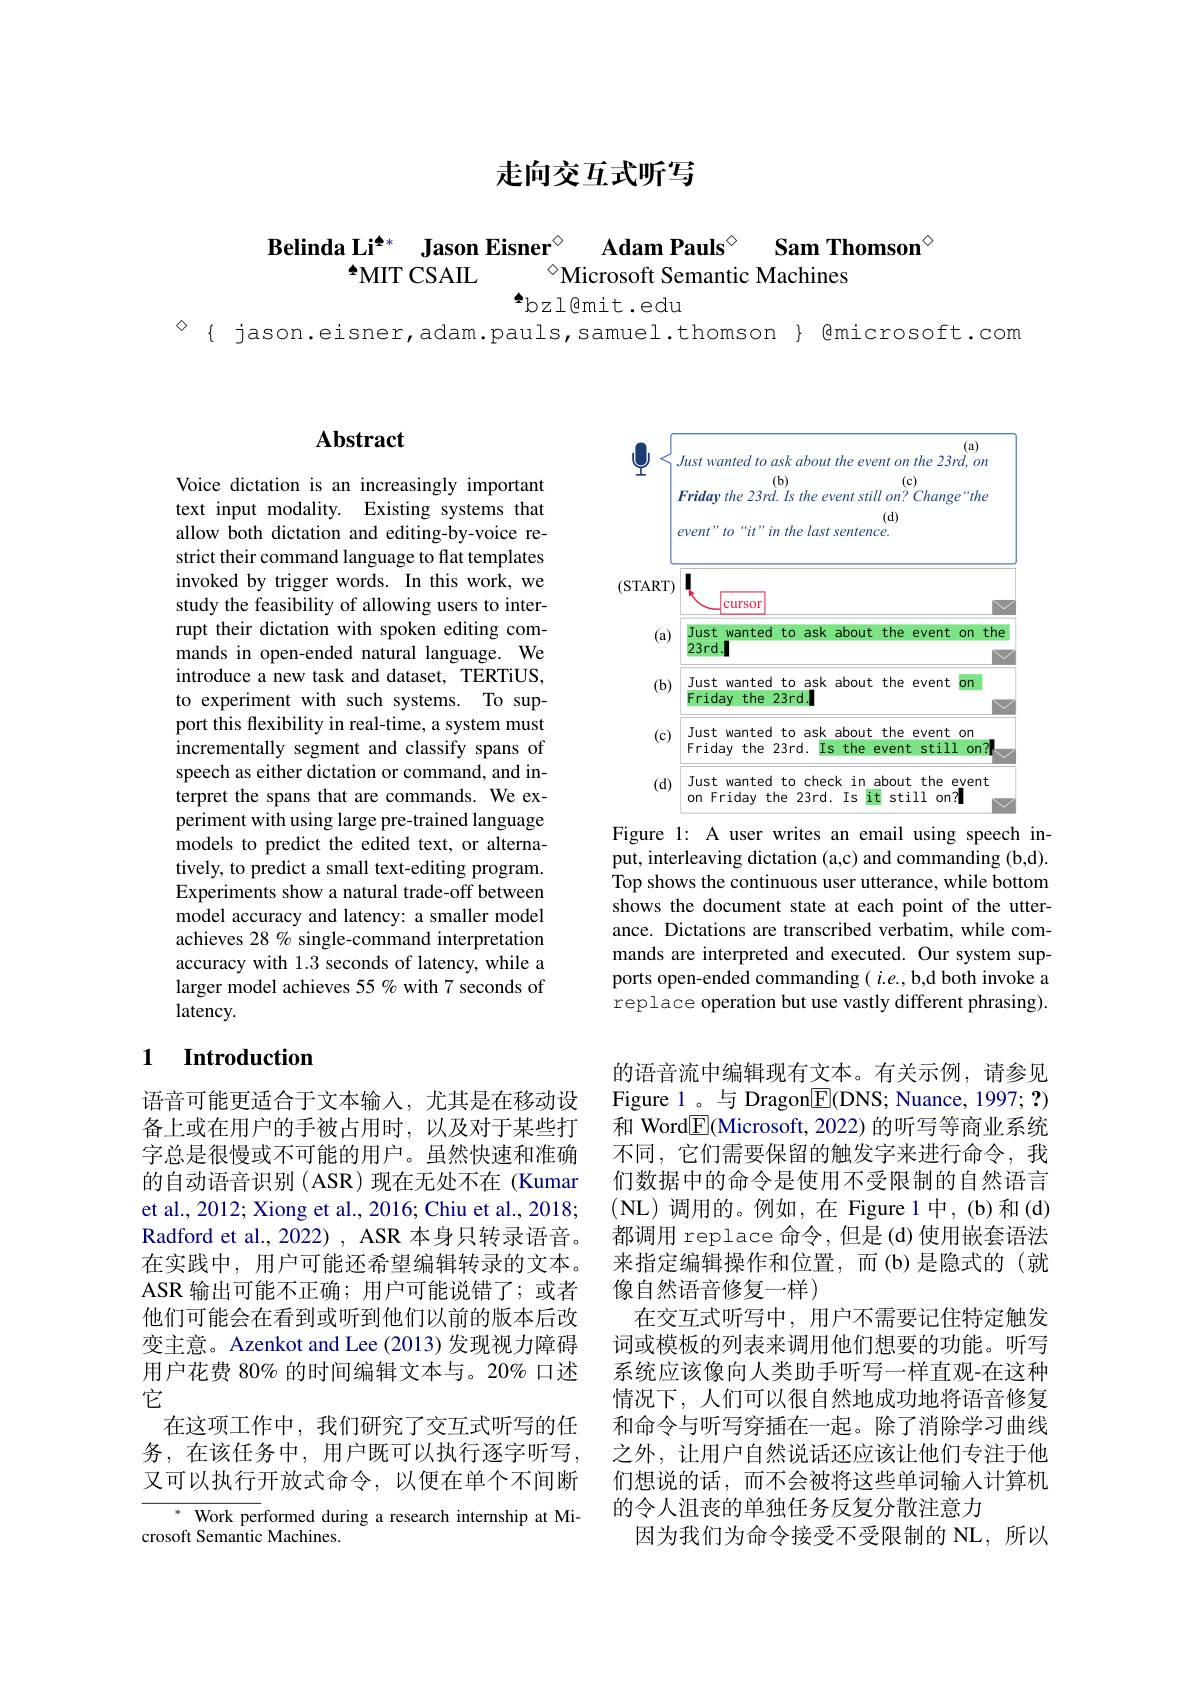
走向交互式听写

$\overset{\mathrm{Belinda~Li}^{**}}{\operatorname*{\operatorname*{\operatorname*{\operatorname*{\operatorname*{\text{Jason Eisner}}}}}}}\underset{{\mathrm{Microsoft~Semantic~Machines}}}{\operatorname*{\operatorname*{\operatorname*{\textbf{Adam Pauls}}}}}\overset{\mathrm{Sam~Thomson}^{\circ}}{\operatorname*{\operatorname*{\operatorname*{\operatorname*{\text{Microsoft Semantic Machines}}}}}}$
$^{\spadesuit}$bzl@mit.edu

$^{\textcircled{\mathrm{o}}}$ { jason.eisner,adam.pauls,samuel.thomson } { @microsoft.com}

## $\mathbf{Abstract}$

Voice dictation is an increasingly important text input modality. Existing systems that allow both dictation and editing-by-voice restrict their command language to flat templates invoked by trigger words. In this work, we study the feasibility of allowing users to interrupt their dictation with spoken editing commands in open-ended natural language. We introduce a new task and dataset, TERTiUS, to experiment with such systems. To support this flexibility in real-time, a system must incrementally segment and classify spans of speech as either dictation or command, and interpret the spans that are commands. We experiment with using large pre-trained language models to predict the edited text, or alternatively, to predict a small text-editing program. Experiments show a natural trade-off between model accuracy and latency: a smaller model achieves 28 % single-command interpretation accuracy with 1.3 seconds of latency, while a larger model achieves 55 % with 7 seconds of latency.

## 1 Introduction

语音可能更适合于文本输入，尤其是在移动设备上或在用户的手被占用时，以及对于某些打字总是很慢或不可能的用户。虽然快速和准确的自动语音识别(ASR)现在无处不在(Kumar et al., 2012; Xiong et al., 2016; Chiu et al., 2018; Radford et al., 2022) , ASR 本身只转录语音。在实践中，用户可能还希望编辑转录的文本。ASR 输出可能不正确；用户可能说错了；或者他们可能会在看到或听到他们以前的版本后改变主意。Azenkot and Lee (2013) 发现视力障碍用户花费 80% 的时间编辑文本与。20% 口述它
在这项工作中，我们研究了交互式听写的任务，在该任务中，用户既可以执行逐字听写， 又可以执行开放式命令，以便在单个不间断

$^*$ Work performed during a research internship at Mi-
crosoft Semantic Machines.

<FigureHere>

Figure 1: A user writes an email using speech input, interleaving dictation (a,c) and commanding (b,d). Top shows the continuous user utterance, while bottom shows the document state at each point of the utterance. Dictations are transcribed verbatim, while commands are interpreted and executed. Our system supports open-ended commanding ( $i.e.$, b,d both invoke a replace operation but use vastly different phrasing).

的语音流中编辑现有文本。有关示例，请参见Figure 1。与 Dragon$\boxed{\mathrm{E}}($DNS; Nuance, 1997; ?) 和 Word$\boxed{\mathrm{F}}($Microsoft, 2022) 的听写等商业系统不同，它们需要保留的触发字来进行命令，我们数据中的命令是使用不受限制的自然语言(NL)调用的。例如，在 Figure 1中，(b)和(d) 都调用 replace 命令，但是(d)使用嵌套语法来指定编辑操作和位置，而(b)是隐式的(就像自然语音修复一样)
在交互式听写中，用户不需要记住特定触发词或模板的列表来调用他们想要的功能。听写系统应该像向人类助手听写一样直观-在这种情况下，人们可以很自然地成功地将语音修复和命令与听写穿插在一起。除了消除学习曲线之外，让用户自然说话还应该让他们专注于他们想说的话，而不会被将这些单词输入计算机的令人沮丧的单独任务反复分散注意力
因为我们为命令接受不受限制的 NL,所以